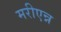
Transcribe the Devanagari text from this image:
मरीएन्न